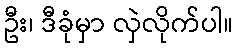
ဦး၊ ဒီခုံမှာ လှဲလိုက်ပါ။